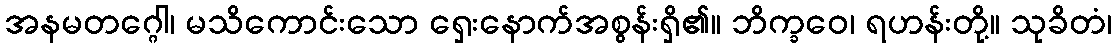
အနမတဂ္ဂေါ၊ မသိကောင်းသော ရှေးနောက်အစွန်းရှိ၏။ ဘိက္ခဝေ၊ ရဟန်းတို့။ သုခိတံ၊